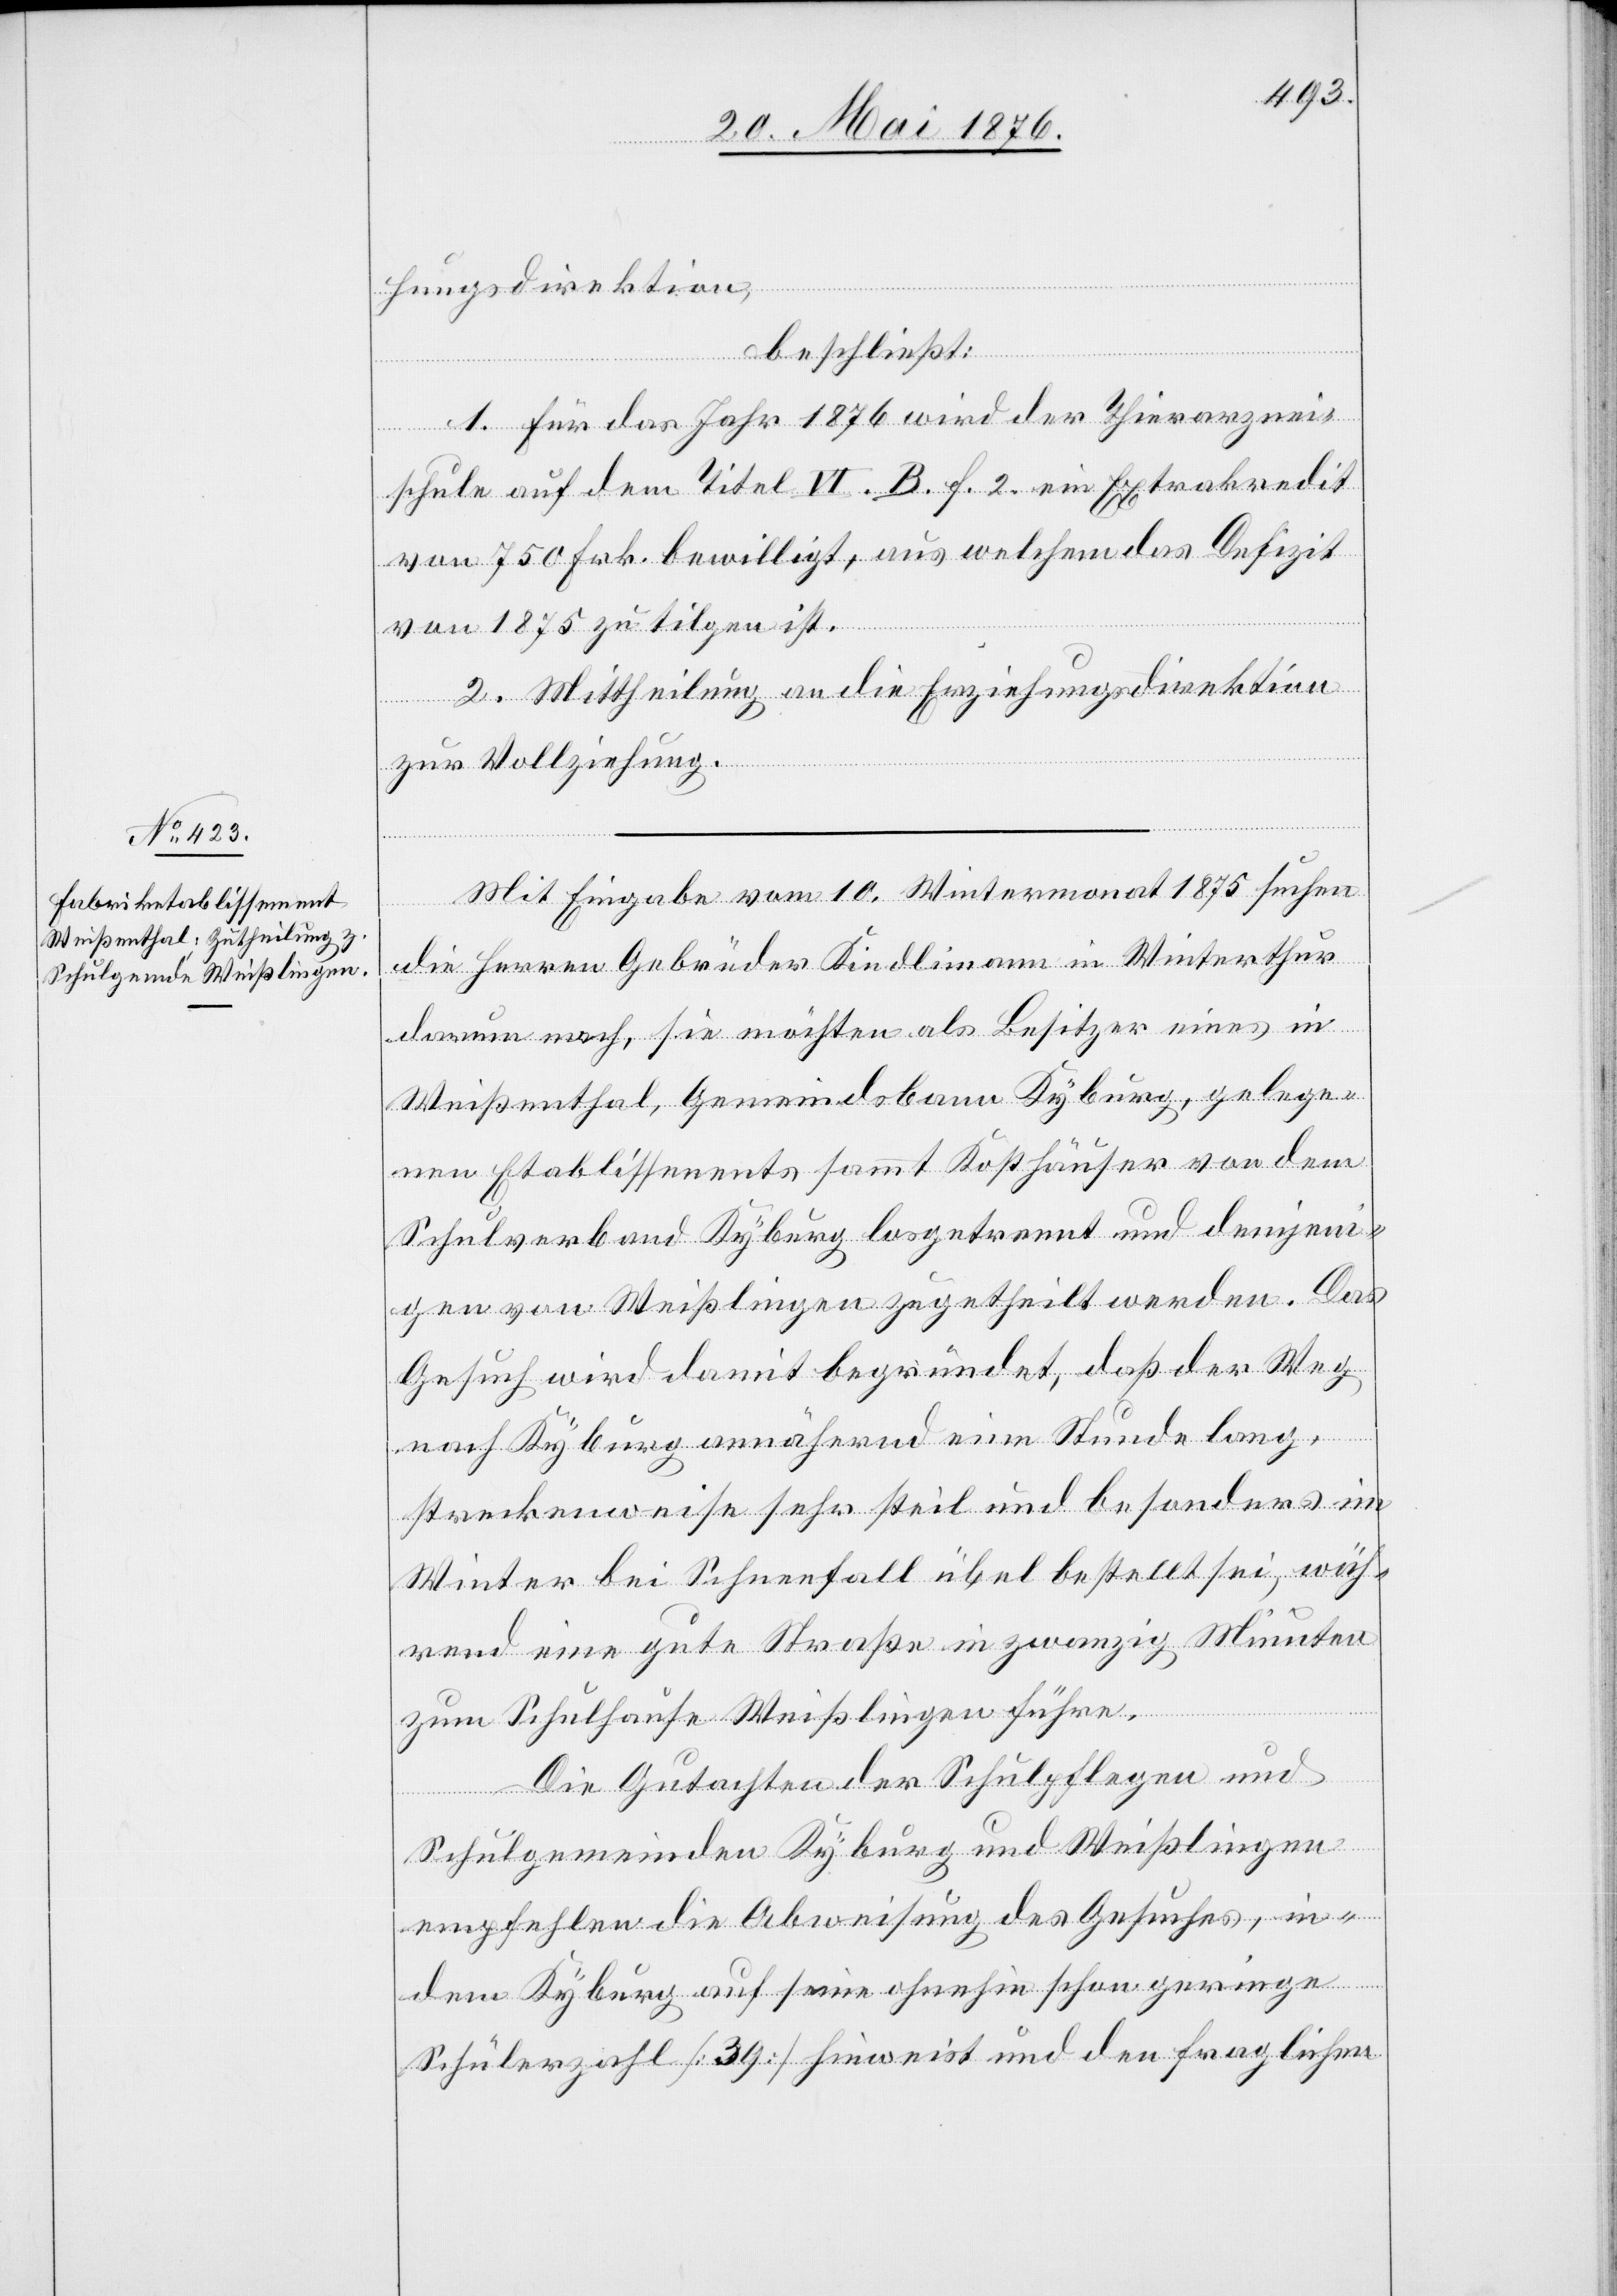
hungsdirektion,
beschließt:
1. Für das Jahr 1876 wird der Thierarznei¬
schule auf dem Titel VI. B. F. 2. ein Extrakredit
von 750 Frk. bewilligt, aus welchem das Defizit
von 1875 zu tilgen ist.
2. Mittheilung an die Erziehungsdirektion
zur Vollziehung.